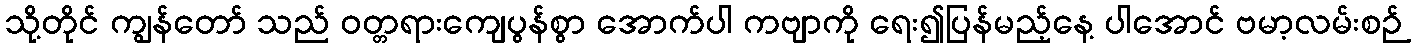
သို့တိုင် ကျွန်တော် သည် ဝတ္တရားကျေပွန်စွာ အောက်ပါ ကဗျာကို ရေး၍ပြန်မည့်နေ့ ပါအောင် ဗမာ့လမ်းစဉ်